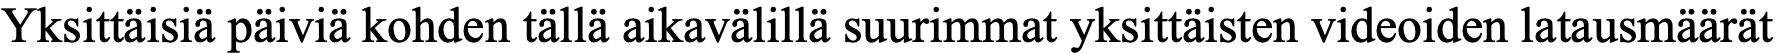
Yksittäisiä päiviä kohden tällä aikavälillä suurimmat yksittäisten videoiden latausmäärät